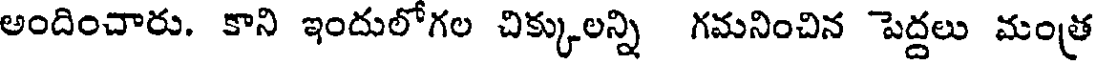
అందించారు. కాని ఇందులోగల చిక్కులన్ని గమనించిన పెద్దలు మంత్ర